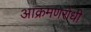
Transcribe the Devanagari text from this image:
आक्रमणरोधी